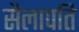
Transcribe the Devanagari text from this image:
सैलापति